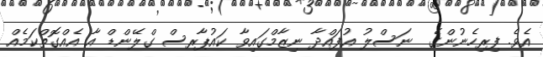
އެވެ. ފިރިހެނުންގެ  ނަސްލު އުފައްދާ ނިޒާމްގައިވާ ކައުޕާރސް ގްލޭންޑް އާ އެއްގޮތްކަމެއް